Vaccination in Bombay 1874-1876 - 1874-1876
Year: 1874
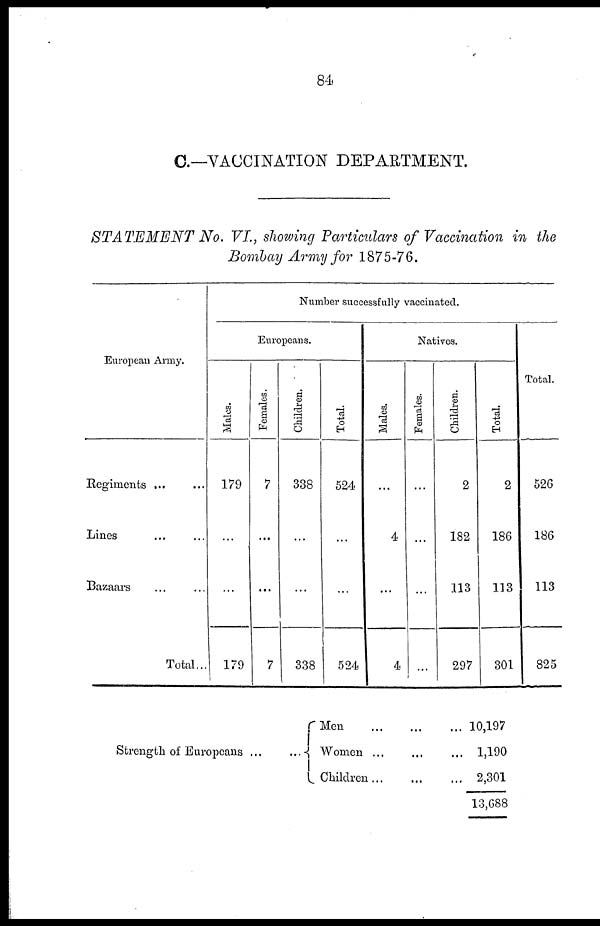
84
C.—VACCINATION DEPARTMENT.
STATEMENT No. VI., showing Particulars of Vaccination in the
Bombay Army for 1875-76.
European Army.
Regiments ... ...
Lines ... ...
Bazaars ... ...
Total...
Number successfully vaccinated.
Europeans.
Males.
179
...
...
179
Females.
7
...
...
7
Children.
338
...
...
338
Total.
524
...
...
524
Natives.
Males.
...
4
...
4
Females.
...
...
...
...
Children.
2
182
113
297
Total.
2
186
113
301
Total.
526
186
113
825
Strength of Europeans ...
...
Men
...
...
...
Women ... ... ...
Children ... ... ...
10,197
1,190
2,301
13,688